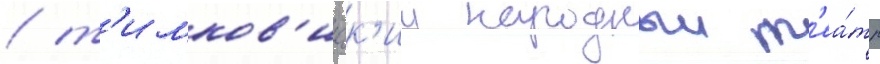
/ т'имков'ичск'ии народныи т'еа́тр